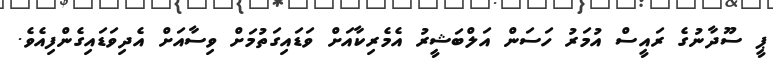
ޕީ ސޫދާނުގެ ރައީސް އުމަރު ހަސަން އަލްބަޝީރު އެމެރިކާއަށް ވަޑައިގަތުމަށް ވިސާއަށް އެދިވަޑައިގެންފިއެވެ.